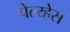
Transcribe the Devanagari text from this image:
पेल्य्हेस